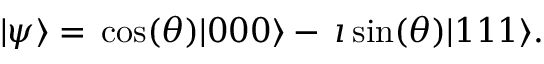
\begin{array} { r } { | \psi \rangle = \, \cos ( \theta ) | 0 0 0 \rangle - \, \imath \sin ( \theta ) | 1 1 1 \rangle . } \end{array}